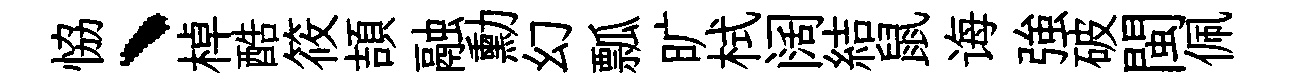
恊、棹酷筱頡融勳幻瓢旷栻阔結鼠诲強破閩佩